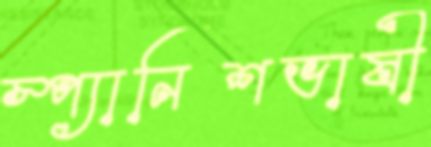
স্প্যানিশভাষী